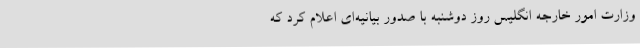
وزارت امور خارجه انگلیس روز دوشنبه با صدور بیانیه‌ای اعلام کرد که